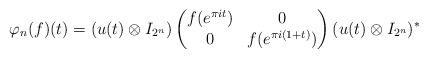
LaTeX: \begin{align*}\varphi_n(f)(t) = (u(t)\otimes I_{2^n})\begin{pmatrix}f(e^{\pi i t}) & 0\\0 & f(e^{\pi i(1+t)})\end{pmatrix}(u(t)\otimes I_{2^n})^{\ast}\end{align*}